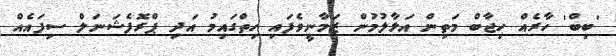
'ބިބް' ހާރެއް ހިޖާބް މަތިން އަޅާލުމުން ޒަމާނީވެފައި ހިތްގައިމު އަދި ޕްރޮފެޝަނަލް ސިފައެއް